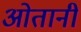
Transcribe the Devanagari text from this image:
ओतानी